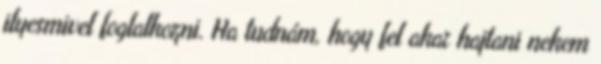
ilyesmivel foglalkozni. Ha tudnám, hogy fel akar hajtani nekem